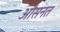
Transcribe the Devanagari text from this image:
औसनत